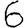
Digit: 6